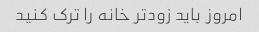
امروز باید زودتر خانه را ترک کنید